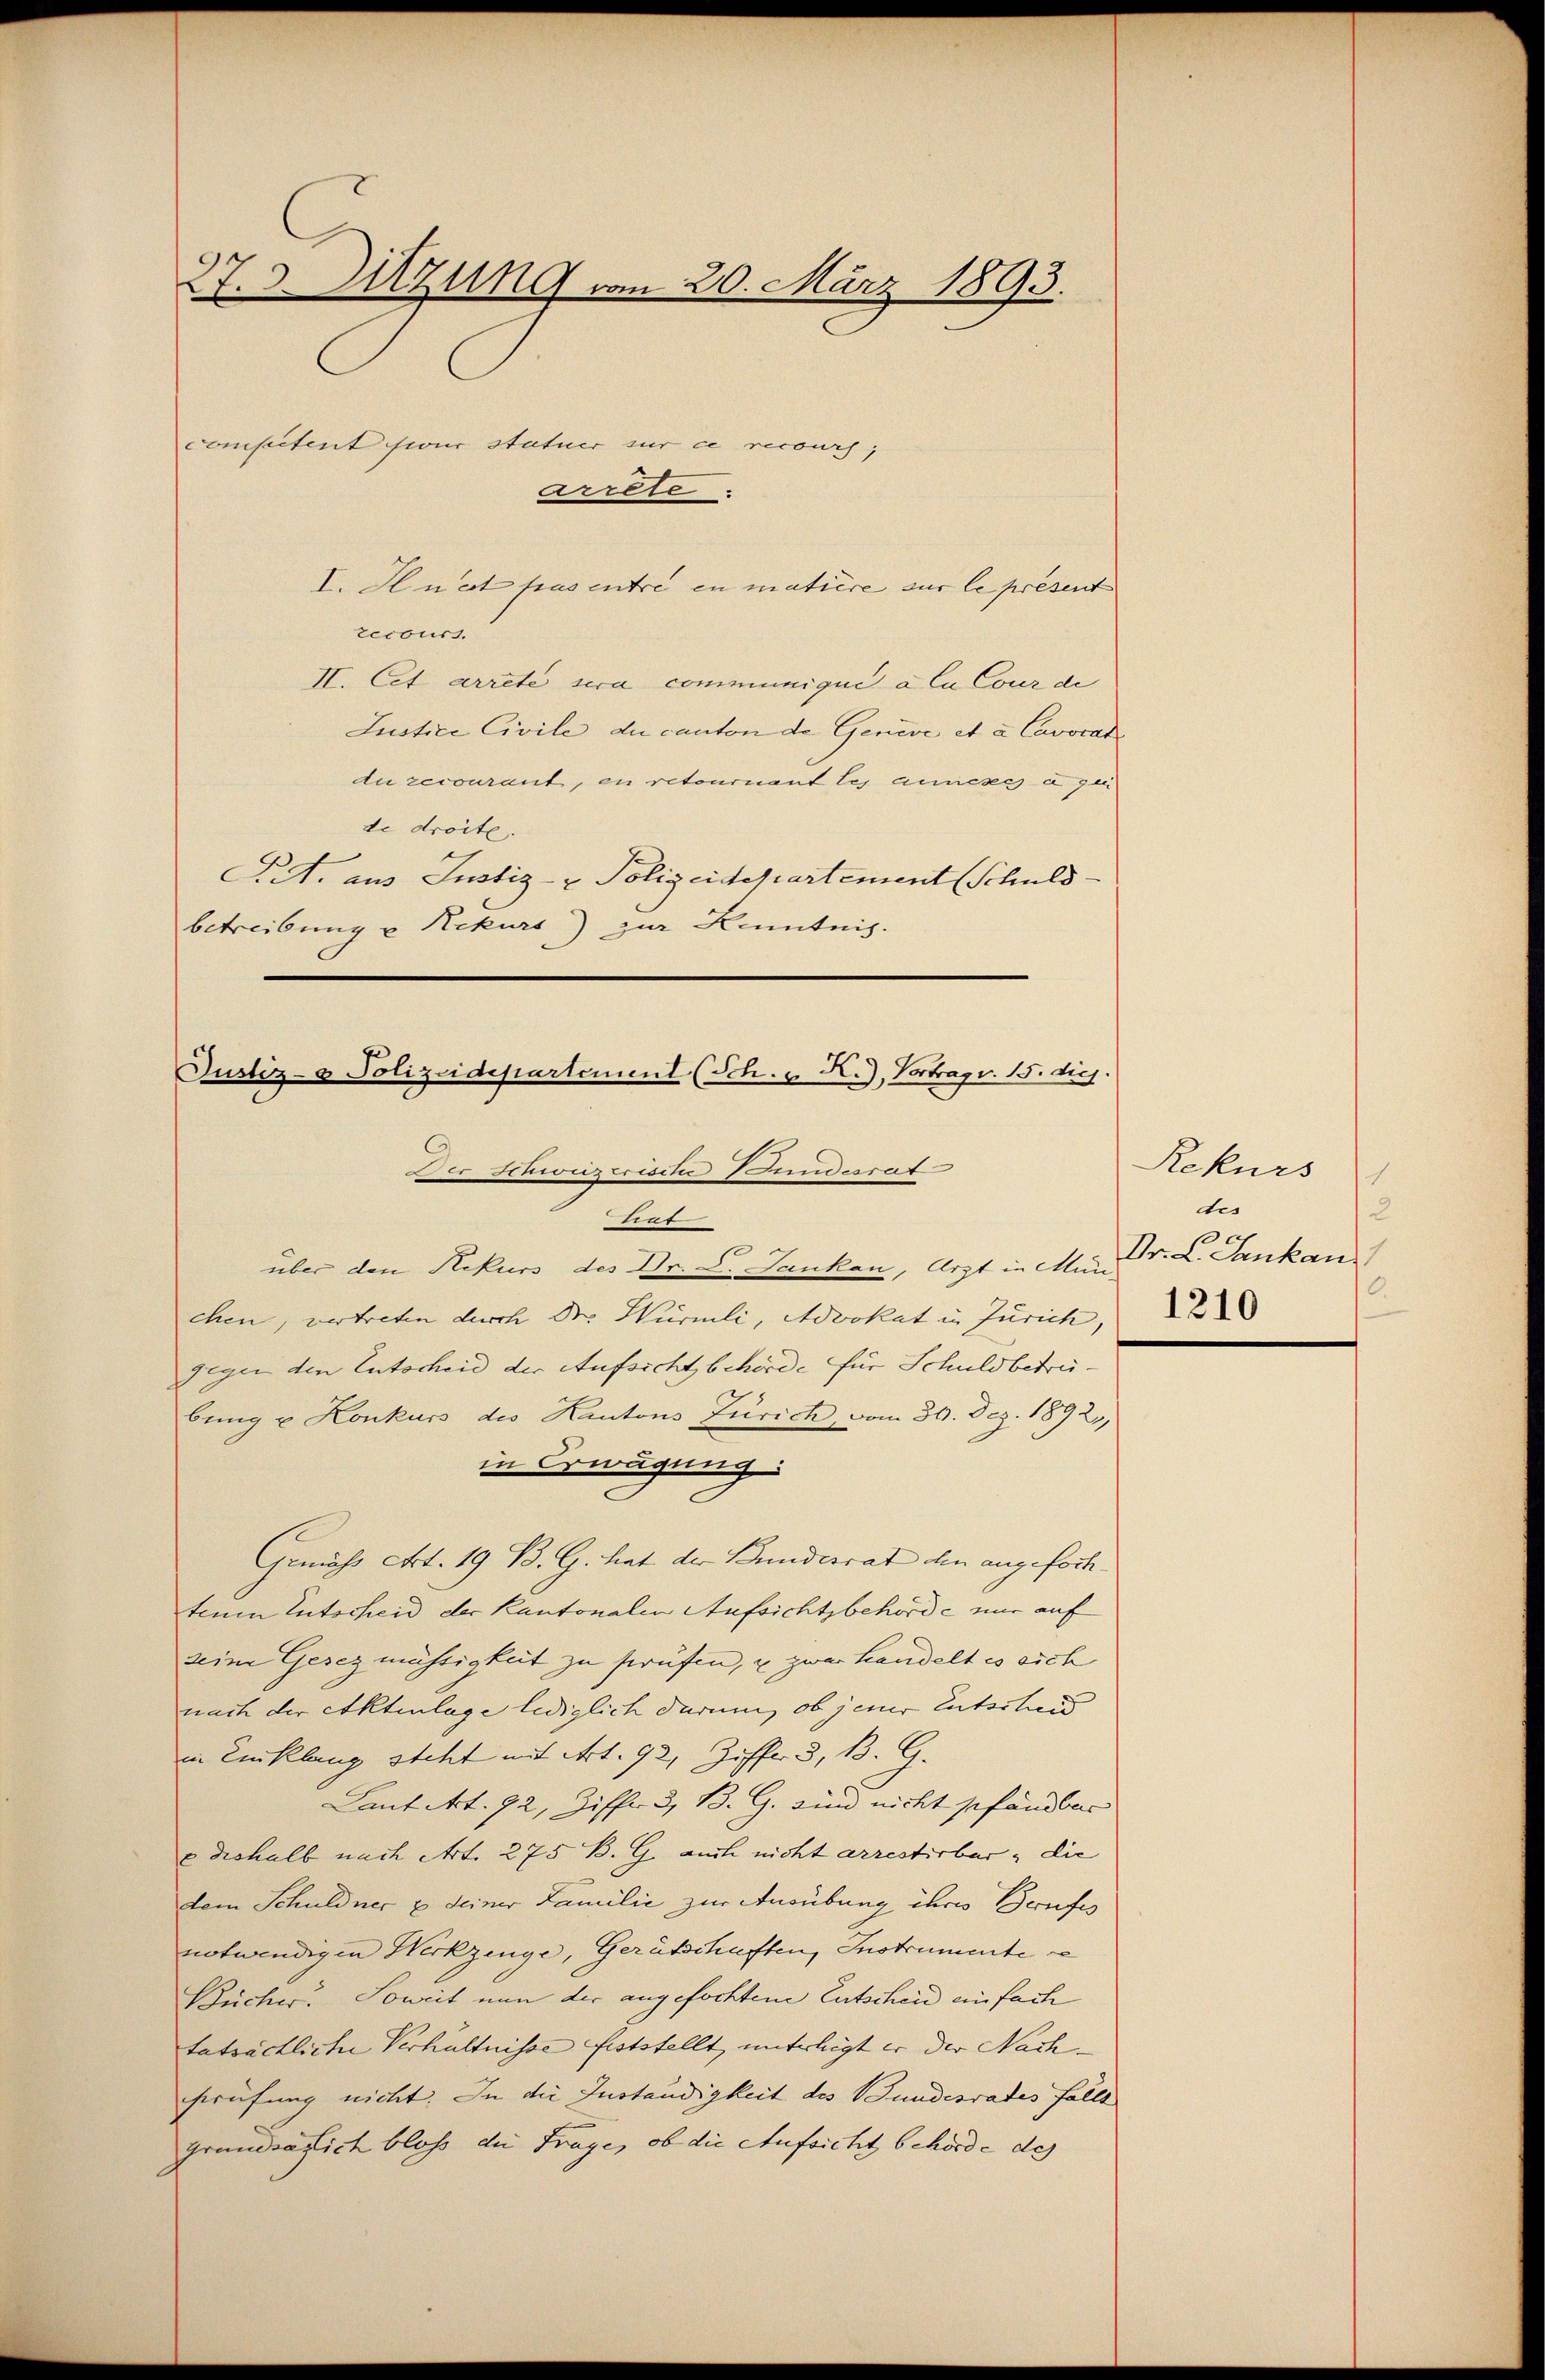
27. d. Sitzung vom 20. März 1893.

competent hieur statuer sur ce recours,
I. In et pas entre in matière sur le present
recours.
II. Cet arrete sera communique à la Cour de
Justice Civile, die canton de Geneve et a Cavocat
Au recourant, en retournant les annesses à gei
de droite.
AA. aus Justiz- & Polizeidepartement (Schuld-
betreibung u Rekurs) zur Kenntnis.

arrete.

Justiz- & Polizeidepartement (Sch. u. R.), Vortrag v. 15. die
 Der Schwistrische Tendesrat
trat

über den Rekurs des Dr. C. Sankan, Arzt in Mün-
chen, vertreten durch Dr. Würmli, Advokat in Zürich
gegen den Entscheid der Aufsicht behörde für Schuldbetrübung u Konkurs des Kantons Zürich, vom 30. Dez. 1892,
in Erwägung
Gemäss Art. 19 B. G. hat der Bundesrat den angefochteum Entscheid der Kantonalen Aufsichtsbehörde nur auf
seine Gesezmächtigkeit zu sprüfen, u zwar handelt es sich
nach der Aktenlage lediglich darum, ob jener Entscheid
in Einklang steht mit Art. 92, Ziffer, B. G.
Laut Art. 92, Ziffer 3. B. G. sind nicht gefandbar
e deshalb nach Art. 275 B. G. auch nicht arrestirbar, die
dem Schuldner u seiner Familie zur Ausübung ihres Berufes
notwendigen Werkzinge, Gerätschaften, Instrumente
Bücher. Soweit nun der angefochten Entscheid einfach
tatsächliche Verhältnisse feststellt, unterlegt er der Nachsprüfung nicht. In die Instandigkeit des Bundesrates fällt
Grundsafich bloss die Frage, ob die Aufsicht behörde des

Rekurs
tes
2
Dr. L. Stankau
0.
1210